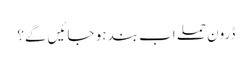
ڈرون حملے اب بند ہو جائیں گے؟